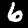
Digit: 6